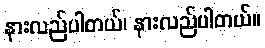
နားလည်ပါတယ်၊ နားလည်ပါတယ်။